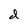
Character: d